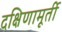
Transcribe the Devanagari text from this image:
दक्षिणामूर्ती